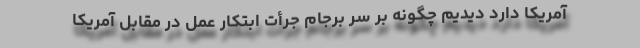
آمریکا دارد دیدیم چگونه بر سر برجام جرأت ابتکار عمل در مقابل آمریکا